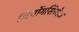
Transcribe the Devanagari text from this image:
जियोंगसियोक